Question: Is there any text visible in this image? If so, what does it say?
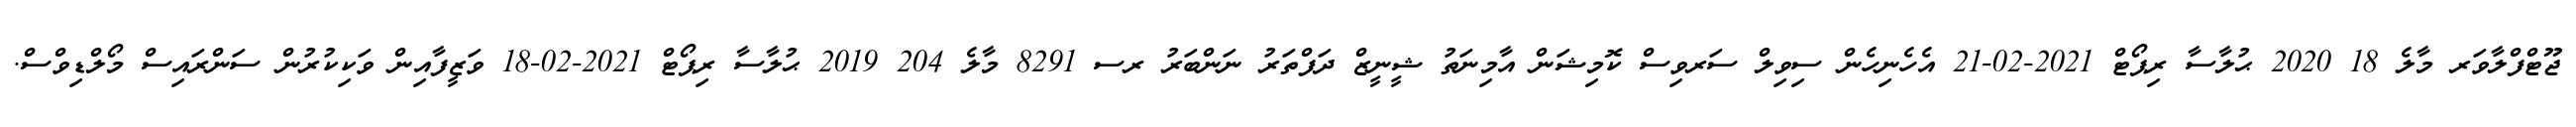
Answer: ޖޫޓްފްލާވަރ މާލެ 18 2020 ޙުލާސާ ރިޕޯޓް 2021-02-21 އެހެނިހެން ސިވިލް ސަރވިސް ކޮމިޝަން އާމިނަތު ޝީނީޒް ދަފްތަރު ނަންބަރު ރސ 8291 މާލެ 204 2019 ޙުލާސާ ރިޕޯޓް 2021-02-18 ވަޒީފާއިން ވަކިކުރުން ސަންރައިސް މޯލްޑިވްސް.